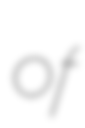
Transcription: of